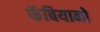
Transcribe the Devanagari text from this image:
फॅबियानो